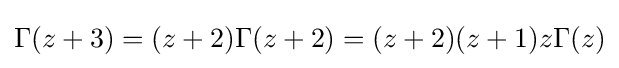
\Gamma (z+3)=(z+2)\Gamma (z+2)=(z+2)(z+1)z\Gamma (z)